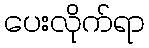
ပေးလိုက်ရာ